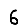
Digit: 6